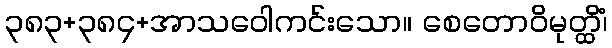
၃၈၃+၃၈၄+အာသဝေါကင်းသော။ စေတောဝိမုတ္ထိံ၊